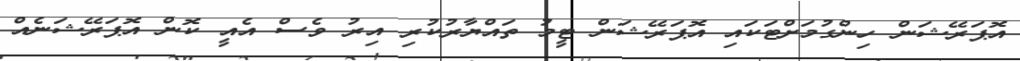
އޮޕަރޭޝަން ހިންގުމަށްޓަކައި އޮޕަރޭޝަން ޓީމު ތައްޔާރުކުރި އިރު ވެސް އެއީ ކޮން އޮޕަރޭޝަނެއް